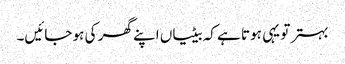
بہتر تو یہی ہوتا ہے کہ بیٹیاں اپنے گھر کی ہو جائیں۔